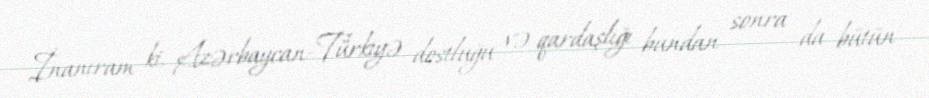
İnanıram ki, Azərbaycan-Türkiyə dostluğu və qardaşlığı bundan sonra da bütün